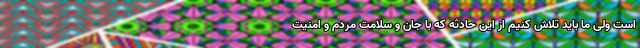
است ولی ما باید تلاش کنیم از این حادثه که با جان و سلامت مردم و امنیت